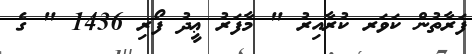
ފަރާތުން ކަވަރ ކުރާއިރު " މާފަރު ޢީދު ފޯރި 1436 " ގެ